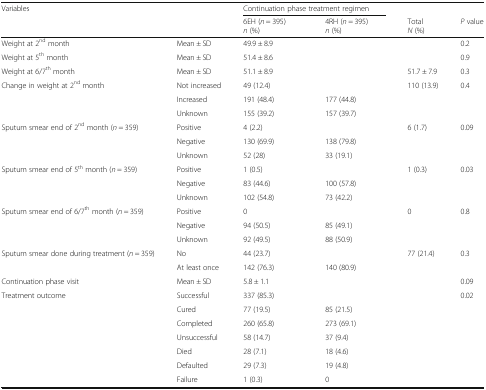
<table><thead><tr><td colspan="2" rowspan="2"><b>Variables</b></td><td colspan="2"><b>Continuation phase treatment regimen</b></td><td>[EMPTY_CELL]</td><td>[EMPTY_CELL]</td></tr><tr><td><b>6EH (<i>n</i> = 395)<i>n</i> (%)</b></td><td><b>4RH (<i>n</i> = 395)<i>n</i> (%)</b></td><td><b>Total<i>N</i> (%)</b></td><td><b><i>P</i> value</b></td></tr></thead><tbody><tr><td>Weight at 2<sup>nd</sup> month</td><td>Mean ± SD</td><td>49.9 ± 8.9</td><td>[EMPTY_CELL]</td><td>[EMPTY_CELL]</td><td>0.2</td></tr><tr><td>Weight at 5<sup>th</sup> month</td><td>Mean ± SD</td><td>51.4 ± 8.6</td><td>[EMPTY_CELL]</td><td>[EMPTY_CELL]</td><td>0.9</td></tr><tr><td>Weight at 6/7<sup>th</sup> month</td><td>Mean ± SD</td><td>51.1 ± 8.9</td><td>[EMPTY_CELL]</td><td>51.7 ± 7.9</td><td>0.3</td></tr><tr><td rowspan="3">Change in weight at 2<sup>nd</sup> month</td><td>Not increased</td><td>49 (12.4)</td><td>[EMPTY_CELL]</td><td>110 (13.9)</td><td rowspan="3">0.4</td></tr><tr><td>Increased</td><td>191 (48.4)</td><td>177 (44.8)</td><td>[EMPTY_CELL]</td></tr><tr><td>Unknown</td><td>155 (39.2)</td><td>157 (39.7)</td><td>[EMPTY_CELL]</td></tr><tr><td rowspan="3">Sputum smear end of 2<sup>nd</sup> month (<i>n</i> = 359)</td><td>Positive</td><td>4 (2.2)</td><td>[EMPTY_CELL]</td><td>6 (1.7)</td><td rowspan="3">0.09</td></tr><tr><td>Negative</td><td>130 (69.9)</td><td>138 (79.8)</td><td>[EMPTY_CELL]</td></tr><tr><td>Unknown</td><td>52 (28)</td><td>33 (19.1)</td><td>[EMPTY_CELL]</td></tr><tr><td rowspan="3">Sputum smear end of 5<sup>th</sup> month (<i>n</i> = 359)</td><td>Positive</td><td>1 (0.5)</td><td>[EMPTY_CELL]</td><td>1 (0.3)</td><td rowspan="3">0.03</td></tr><tr><td>Negative</td><td>83 (44.6)</td><td>100 (57.8)</td><td>[EMPTY_CELL]</td></tr><tr><td>Unknown</td><td>102 (54.8)</td><td>73 (42.2)</td><td>[EMPTY_CELL]</td></tr><tr><td rowspan="3">Sputum smear end of 6/7<sup>th</sup> month (<i>n</i> = 359)</td><td>Positive</td><td>0</td><td>[EMPTY_CELL]</td><td>0</td><td rowspan="3">0.8</td></tr><tr><td>Negative</td><td>94 (50.5)</td><td>85 (49.1)</td><td>[EMPTY_CELL]</td></tr><tr><td>Unknown</td><td>92 (49.5)</td><td>88 (50.9)</td><td>[EMPTY_CELL]</td></tr><tr><td rowspan="2">Sputum smear done during treatment (<i>n</i> = 359)</td><td>No</td><td>44 (23.7)</td><td>[EMPTY_CELL]</td><td>77 (21.4)</td><td rowspan="2">0.3</td></tr><tr><td>At least once</td><td>142 (76.3)</td><td>140 (80.9)</td><td>[EMPTY_CELL]</td></tr><tr><td>Continuation phase visit</td><td>Mean ± SD</td><td>5.8 ± 1.1</td><td>[EMPTY_CELL]</td><td>[EMPTY_CELL]</td><td>0.09</td></tr><tr><td rowspan="7">Treatment outcome</td><td>Successful</td><td>337 (85.3)</td><td>[EMPTY_CELL]</td><td>[EMPTY_CELL]</td><td rowspan="7">0.02</td></tr><tr><td>Cured</td><td>77 (19.5)</td><td>85 (21.5)</td><td>[EMPTY_CELL]</td></tr><tr><td>Completed</td><td>260 (65.8)</td><td>273 (69.1)</td><td>[EMPTY_CELL]</td></tr><tr><td>Unsuccessful</td><td>58 (14.7)</td><td>37 (9.4)</td><td>[EMPTY_CELL]</td></tr><tr><td>Died</td><td>28 (7.1)</td><td>18 (4.6)</td><td>[EMPTY_CELL]</td></tr><tr><td>Defaulted</td><td>29 (7.3)</td><td>19 (4.8)</td><td>[EMPTY_CELL]</td></tr><tr><td>Failure</td><td>1 (0.3)</td><td>0</td><td>[EMPTY_CELL]</td></tr></tbody></table>